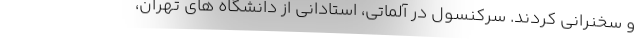
و سخنرانی کردند. سرکنسول در آلماتی، استادانی از دانشگاه های تهران،